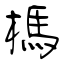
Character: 榪